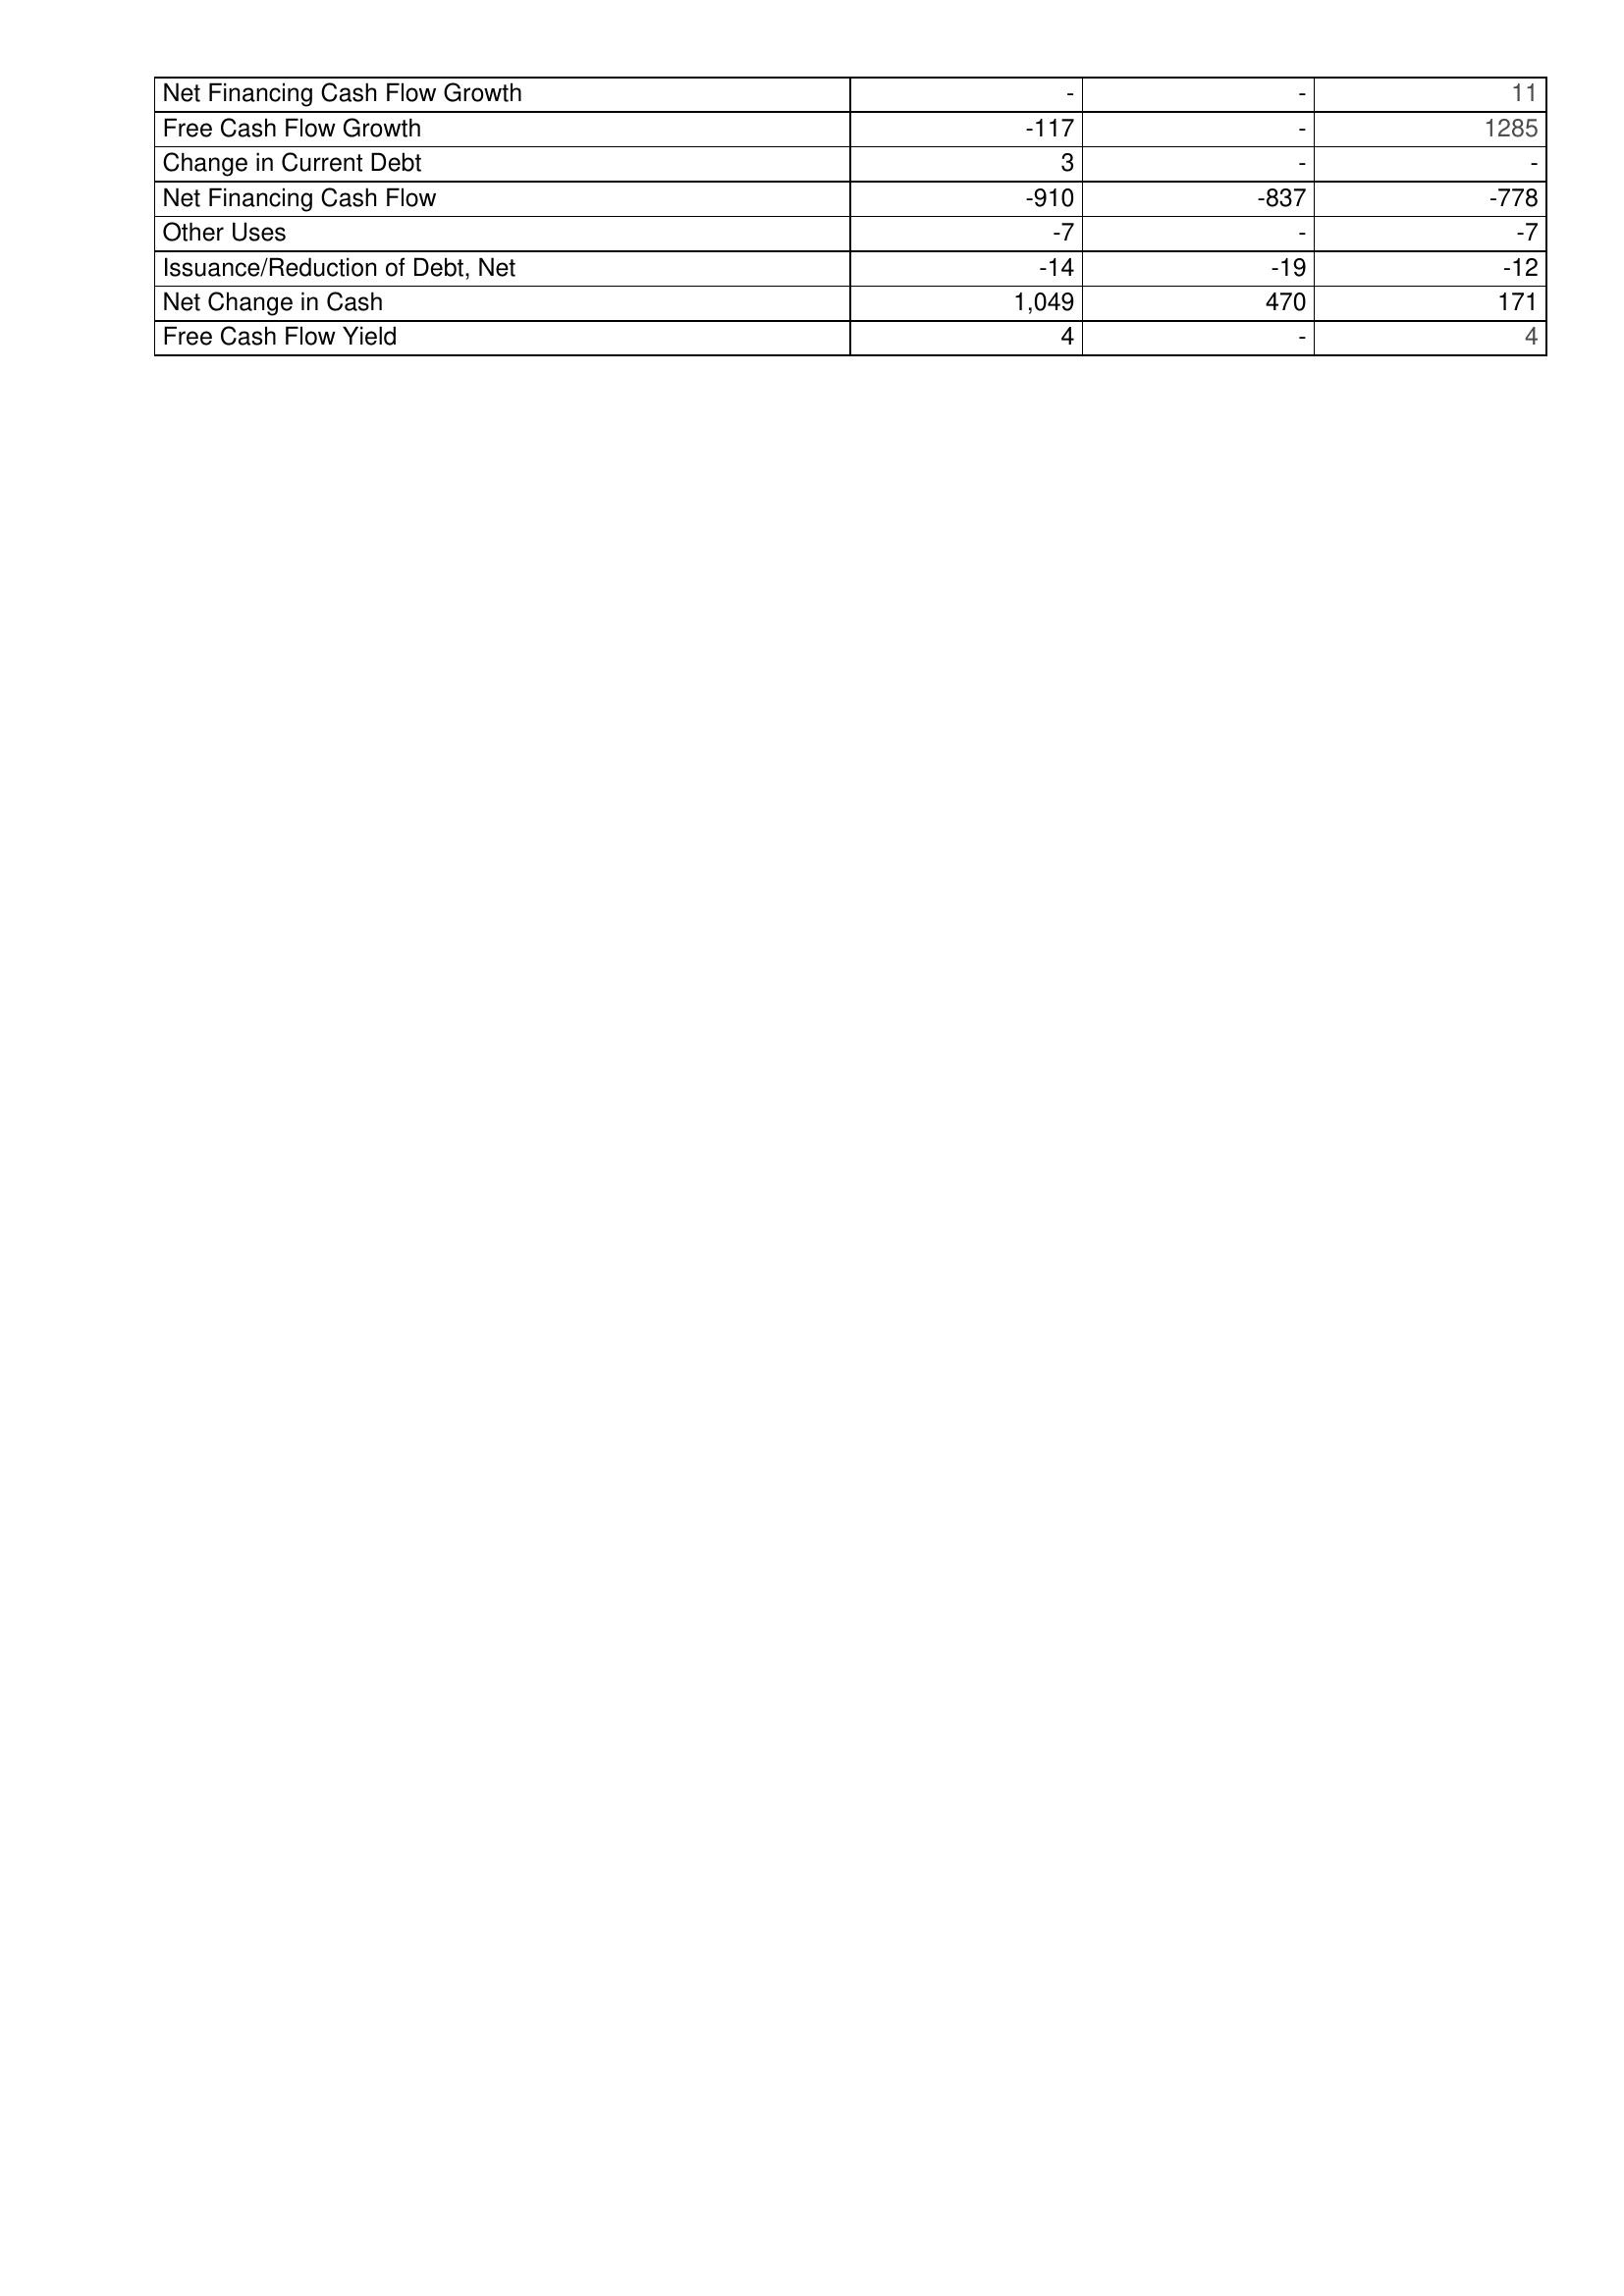
2014: Financing Activities: Net Financing Cash Flow Growth: -
Free Cash Flow Growth: -117
Change in Current Debt: 3
Net Financing Cash Flow: -910
Other Uses: -7
Issuance/Reduction of Debt, Net: -14
Net Change in Cash: 1,049
Free Cash Flow Yield: 4
2015: Financing Activities: Net Financing Cash Flow Growth: -
Free Cash Flow Growth: -
Change in Current Debt: -
Net Financing Cash Flow: -837
Other Uses: -
Issuance/Reduction of Debt, Net: -19
Net Change in Cash: 470
Free Cash Flow Yield: -
2016: Financing Activities: Net Financing Cash Flow Growth: 11
Free Cash Flow Growth: 1285
Change in Current Debt: -
Net Financing Cash Flow: -778
Other Uses: -7
Issuance/Reduction of Debt, Net: -12
Net Change in Cash: 171
Free Cash Flow Yield: 4